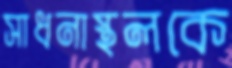
সাধনাস্থলকে